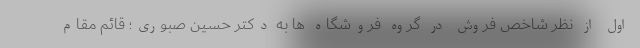
اول از نظر شاخص فروش در گروه فروشگاه ها به دکتر حسین صبوری؛ قائم مقام